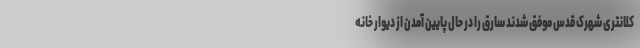
کلانتری شهرک قدس موفق شدند سارق را در حال پایین آمدن از دیوار خانه